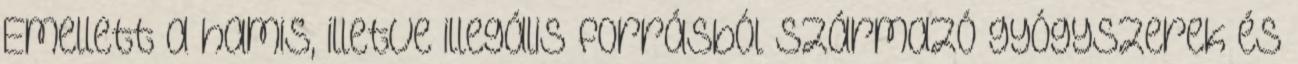
Emellett a hamis, illetve illegális forrásból származó gyógyszerek és